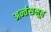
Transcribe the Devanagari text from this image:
अर्न्तसमूह